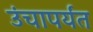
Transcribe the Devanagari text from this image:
उंचापर्यंत